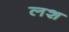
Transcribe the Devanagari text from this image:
लश